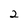
Character: 2